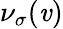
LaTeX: \nu_{\sigma}(\mathit{v})